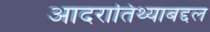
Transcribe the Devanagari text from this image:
आदरातिथ्याबद्दल